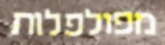
מפולפלות